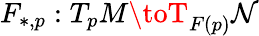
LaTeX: F_{*,p}:T_{p}M\toT_{F(p)}\mathcal{N}